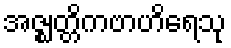
အဇ္ဈတ္တိကဗာဟိရေသု